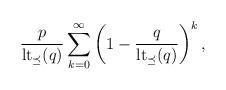
LaTeX: \begin{align*}\frac{p}{\mathrm{lt}_{\preceq}(q)} \sum_{k=0}^\infty \left(1-\frac{q}{\mathrm{lt}_{\preceq}(q)}\right)^k,\end{align*}